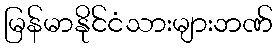
မြန်မာနိုင်ငံသားများဘဏ်